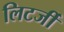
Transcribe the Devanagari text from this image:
लिटर्जी